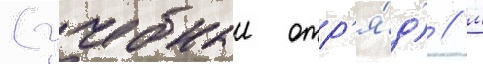
(учебныи отр'я́д) / м